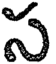
స